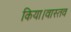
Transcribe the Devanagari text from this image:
किया।वास्तव